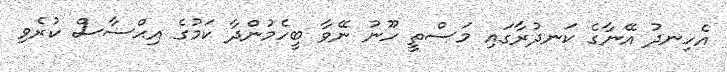
އެހިނދު އޭނާގެ ކަނދުރާގައި މަސްތީ ހޫނު ނޭވާ ބީހެމުންދާ ކަމުގެ އިޙްސާސް ކުރެވި